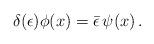
LaTeX: \begin{align*}\delta (\epsilon )\phi(x) =\bar \epsilon\, \psi (x)\,. \end{align*}